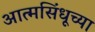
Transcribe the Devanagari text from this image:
आत्मसिंधूच्या